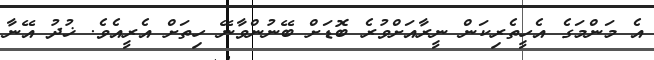
އެ މަންމަގެ އެހީތެރިކަން ނީރާއަށްވުރެ ބޮޑަށް ބޭނުންވާނޭ ހިތަށް އެރީއެވެ. ޚުދު އޭނާ